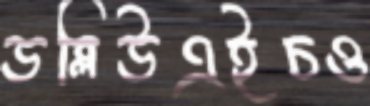
ডব্লিউএইচও